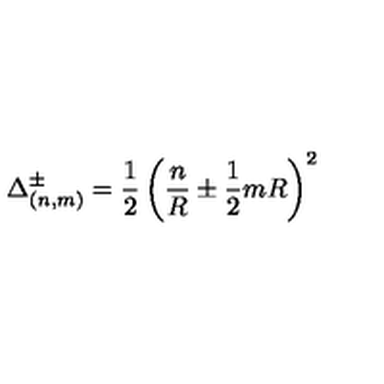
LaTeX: \Delta _ { ( n , m ) } ^ { \pm } = \frac { 1 } { 2 } \left( \frac { n } { R } \pm \frac { 1 } { 2 } m R \right) ^ { 2 }